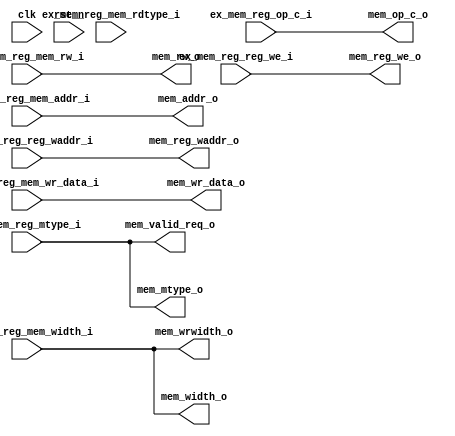
module mem_stage (
    input   wire                    clk,
    input   wire                    rst_n,
    //from ex_mem_reg
    input   wire            [31:0]  ex_mem_reg_op_c_i,
    input   wire            [4:0]   ex_mem_reg_reg_waddr_i,
    input   wire                    ex_mem_reg_reg_we_i,

    input   wire                    ex_mem_reg_mtype_i,          
    input   wire                    ex_mem_reg_mem_rw_i,        
    input   wire            [1:0]   ex_mem_reg_mem_width_i,      
    input   wire            [31:0]  ex_mem_reg_mem_wr_data_i, 
    input   wire                    ex_mem_reg_mem_rdtype_i,    
    input   wire            [31:0]  ex_mem_reg_mem_addr_i,
    //to mem_wb_reg
    output  wire            [31:0]  mem_op_c_o,
    output  wire            [4:0]   mem_reg_waddr_o,
    output  wire                    mem_reg_we_o,

    output  wire                    mem_mtype_o,
    output  wire            [1:0]   mem_width_o,


    //to Dcache
    output  wire                    mem_rw_o,
    output  wire                    mem_valid_req_o,

    output  wire            [31:0]  mem_addr_o,
    output  wire            [1:0]   mem_wrwidth_o,
    output  wire            [31:0]  mem_wr_data_o
);

    //mem inst
    assign mem_mtype_o = ex_mem_reg_mtype_i;
    assign mem_width_o = ex_mem_reg_mem_width_i;

    assign mem_valid_req_o = ex_mem_reg_mtype_i;
    assign mem_rw_o = ex_mem_reg_mem_rw_i;
    assign mem_addr_o = ex_mem_reg_mem_addr_i;
    assign mem_wrwidth_o = ex_mem_reg_mem_width_i;
    assign mem_wr_data_o = ex_mem_reg_mem_wr_data_i;

    

    assign mem_op_c_o = ex_mem_reg_op_c_i;
    assign mem_reg_waddr_o = ex_mem_reg_reg_waddr_i;
    assign mem_reg_we_o = ex_mem_reg_reg_we_i;



endmodule